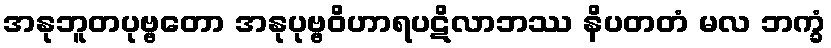
အနုဘူတပုဗ္ဗတော အနုပုဗ္ဗဝိဟာရပဋိလာဘဿ နိပတတံ မလ ဘက္ခံ